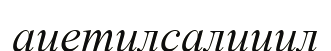
ацетилсалицил